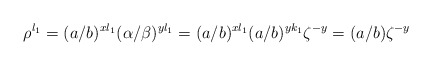
\begin{align*} \rho^{l_1}=(a/b)^{xl_1}(\alpha/\beta)^{yl_1}=(a/b)^{xl_1}(a/b)^{yk_1}\zeta^{-y}=(a/b)\zeta^{-y}\end{align*}